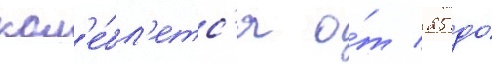
кол'е́бл'етс'я о́т 25 до́